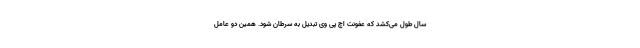
سال طول می­کشد که عفونت اچ پی وی تبدیل به سرطان شود. همین دو عامل